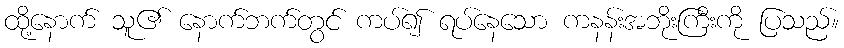
ထို့နောက် သူ၏ နောက်ဘက်တွင် ကပ်၍ ရပ်နေသော ကနန်းအဘိုးကြီးကို ပြသည်။